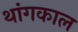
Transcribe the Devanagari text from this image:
थांगकाल